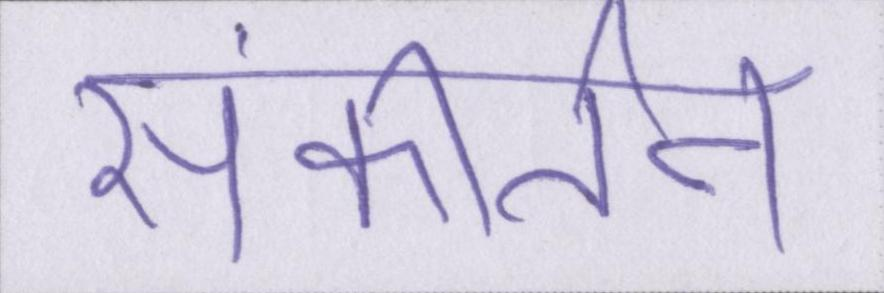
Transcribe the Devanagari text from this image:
संकीर्तन